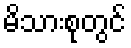
မိသားစုတွင်